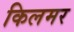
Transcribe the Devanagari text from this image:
किलमर